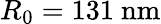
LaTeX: R_{0}=131\ \mathrm{nm}